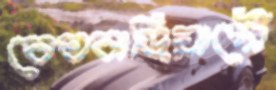
বেতবাড়িয়াপৌঁ